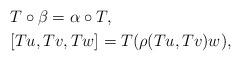
LaTeX: \begin{align*}&T\circ\beta=\alpha\circ T,\\&[Tu,Tv,Tw]=T(\rho(Tu,Tv)w),\end{align*}